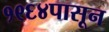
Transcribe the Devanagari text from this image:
१९६४पासून